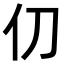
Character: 𫢈